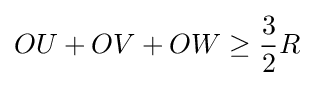
OU+OV+OW\geq {\frac {3}{2}}R